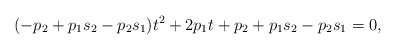
\begin{align*}(-p_2+p_1s_2-p_2s_1)t^2+2p_1t+p_2+p_1s_2-p_2s_1=0,\end{align*}